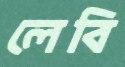
লেবি